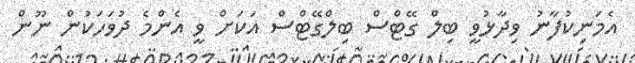
އެމަނިކުފާނު ވިދާޅުވީ ބިލް ގޭޓްސް ބިލްގޭޓްސް އަކަށް ވީ އެންމެ ދުވަހަކުން ނޫން